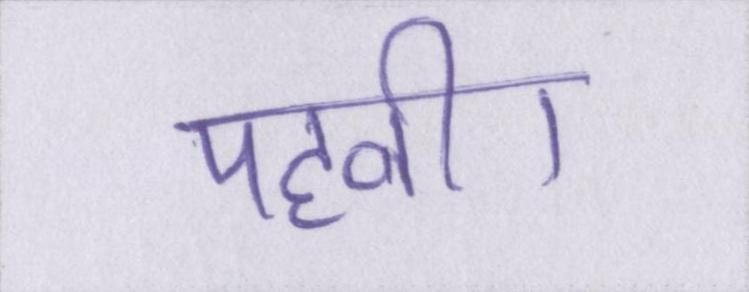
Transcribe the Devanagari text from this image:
पहनी।